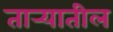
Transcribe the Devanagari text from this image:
तार्‍यातील